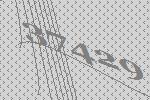
37429